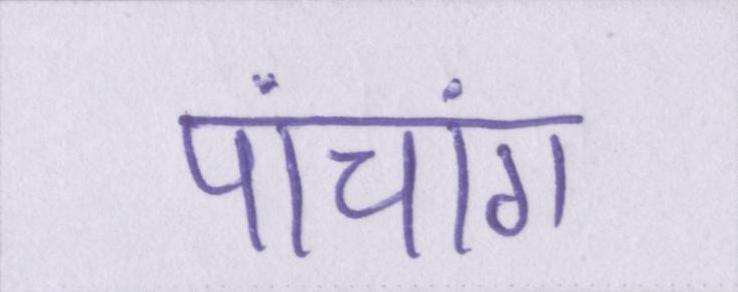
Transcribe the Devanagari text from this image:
पांचांग